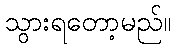
သွားရတော့မည်။